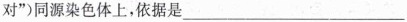
对”)同源染色体上，依据是___